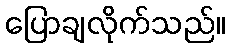
ပြောချလိုက်သည်။